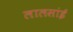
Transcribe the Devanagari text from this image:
लालसांई